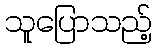
သူပြောသည့်